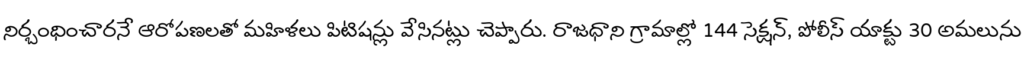
నిర్బంధించారనే ఆరోపణలతో మహిళలు పిటిషన్లు వేసినట్లు చెప్పారు. రాజధాని గ్రామాల్లో 144 సెక్షన్, పోలీస్ యాక్టు 30 అమలును